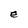
Character: e